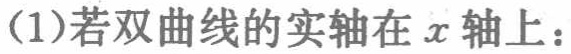
(1)若双曲线的实轴在 \(x\) 轴上：